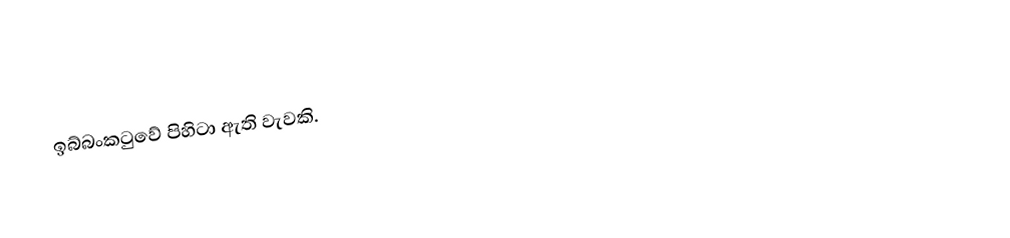
ඉබ්බංකටුවේ පිහිටා ඇති වැවකි.